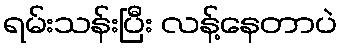
ရမ်းသန်းပြီး လန့်နေတာပဲ